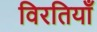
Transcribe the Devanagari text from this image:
विरतियाँ